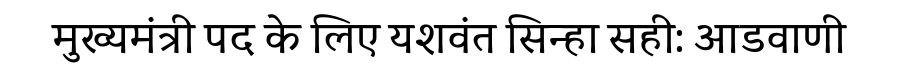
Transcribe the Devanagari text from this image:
मुख्यमंत्री पद के लिए यशवंत सिन्हा सही: आडवाणी